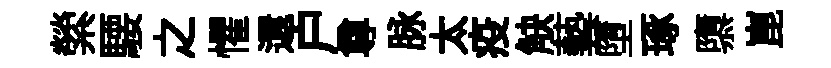
縈騕之懼還户尊脉太疫觖藝墮琢隳崑